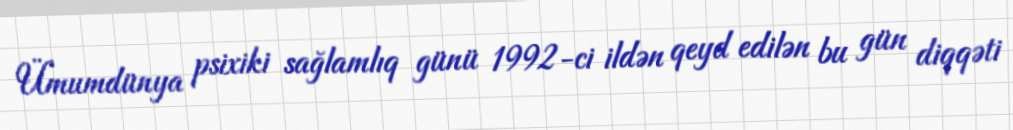
Ümumdünya psixiki sağlamlıq günü 1992-ci ildən qeyd edilən bu gün diqqəti